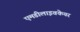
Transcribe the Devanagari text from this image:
एमडीलाइवकेयर